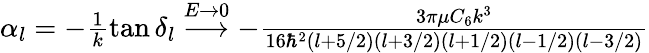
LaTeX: \begin{array}{r}{\alpha_{l}=-\frac{1}{k}\tan\delta_{l}\stackrel{E\rightarrow 0}{\longrightarrow}-\frac{3\pi\mu C_{6}k^{3}}{16\hbar^{2}(l+5/2)(l+3/2)(l+1/2)(l-1/2)(l-3/2)}}\end{array}